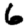
Digit: 6